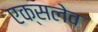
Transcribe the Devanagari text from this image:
एक्सलेव